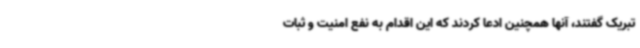
تبریک گفتند، آنها همچنین ادعا کردند که این اقدام به نفع امنیت و ثبات